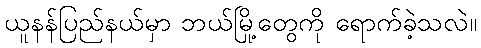
ယူနန်ပြည်နယ်မှာ ဘယ်မြို့တွေကို ရောက်ခဲ့သလဲ။